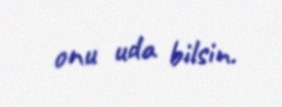
onu uda bilsin.